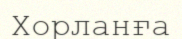
Хорланға